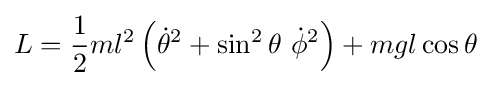
L={\frac {1}{2}}ml^{2}\left({\dot {\theta }}^{2}+\sin ^{2}\theta \ {\dot {\phi }}^{2}\right)+mgl\cos \theta